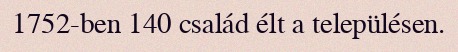
1752-ben 140 család élt a településen.